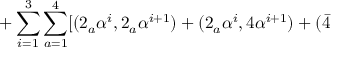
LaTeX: + \sum _ { i = 1 } ^ { 3 } \sum _ { a = 1 } ^ { 4 } [ ( 2 _ { a } \alpha ^ { i } , 2 _ { a } \alpha ^ { i + 1 } ) + ( 2 _ { a } \alpha ^ { i } , 4 \alpha ^ { i + 1 } ) + ( \bar { 4 }